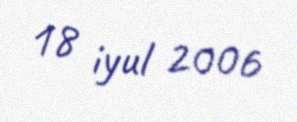
18 iyul 2006